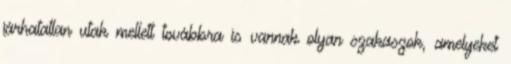
járhatatlan utak mellett továbbra is vannak olyan szakaszok, amelyeket